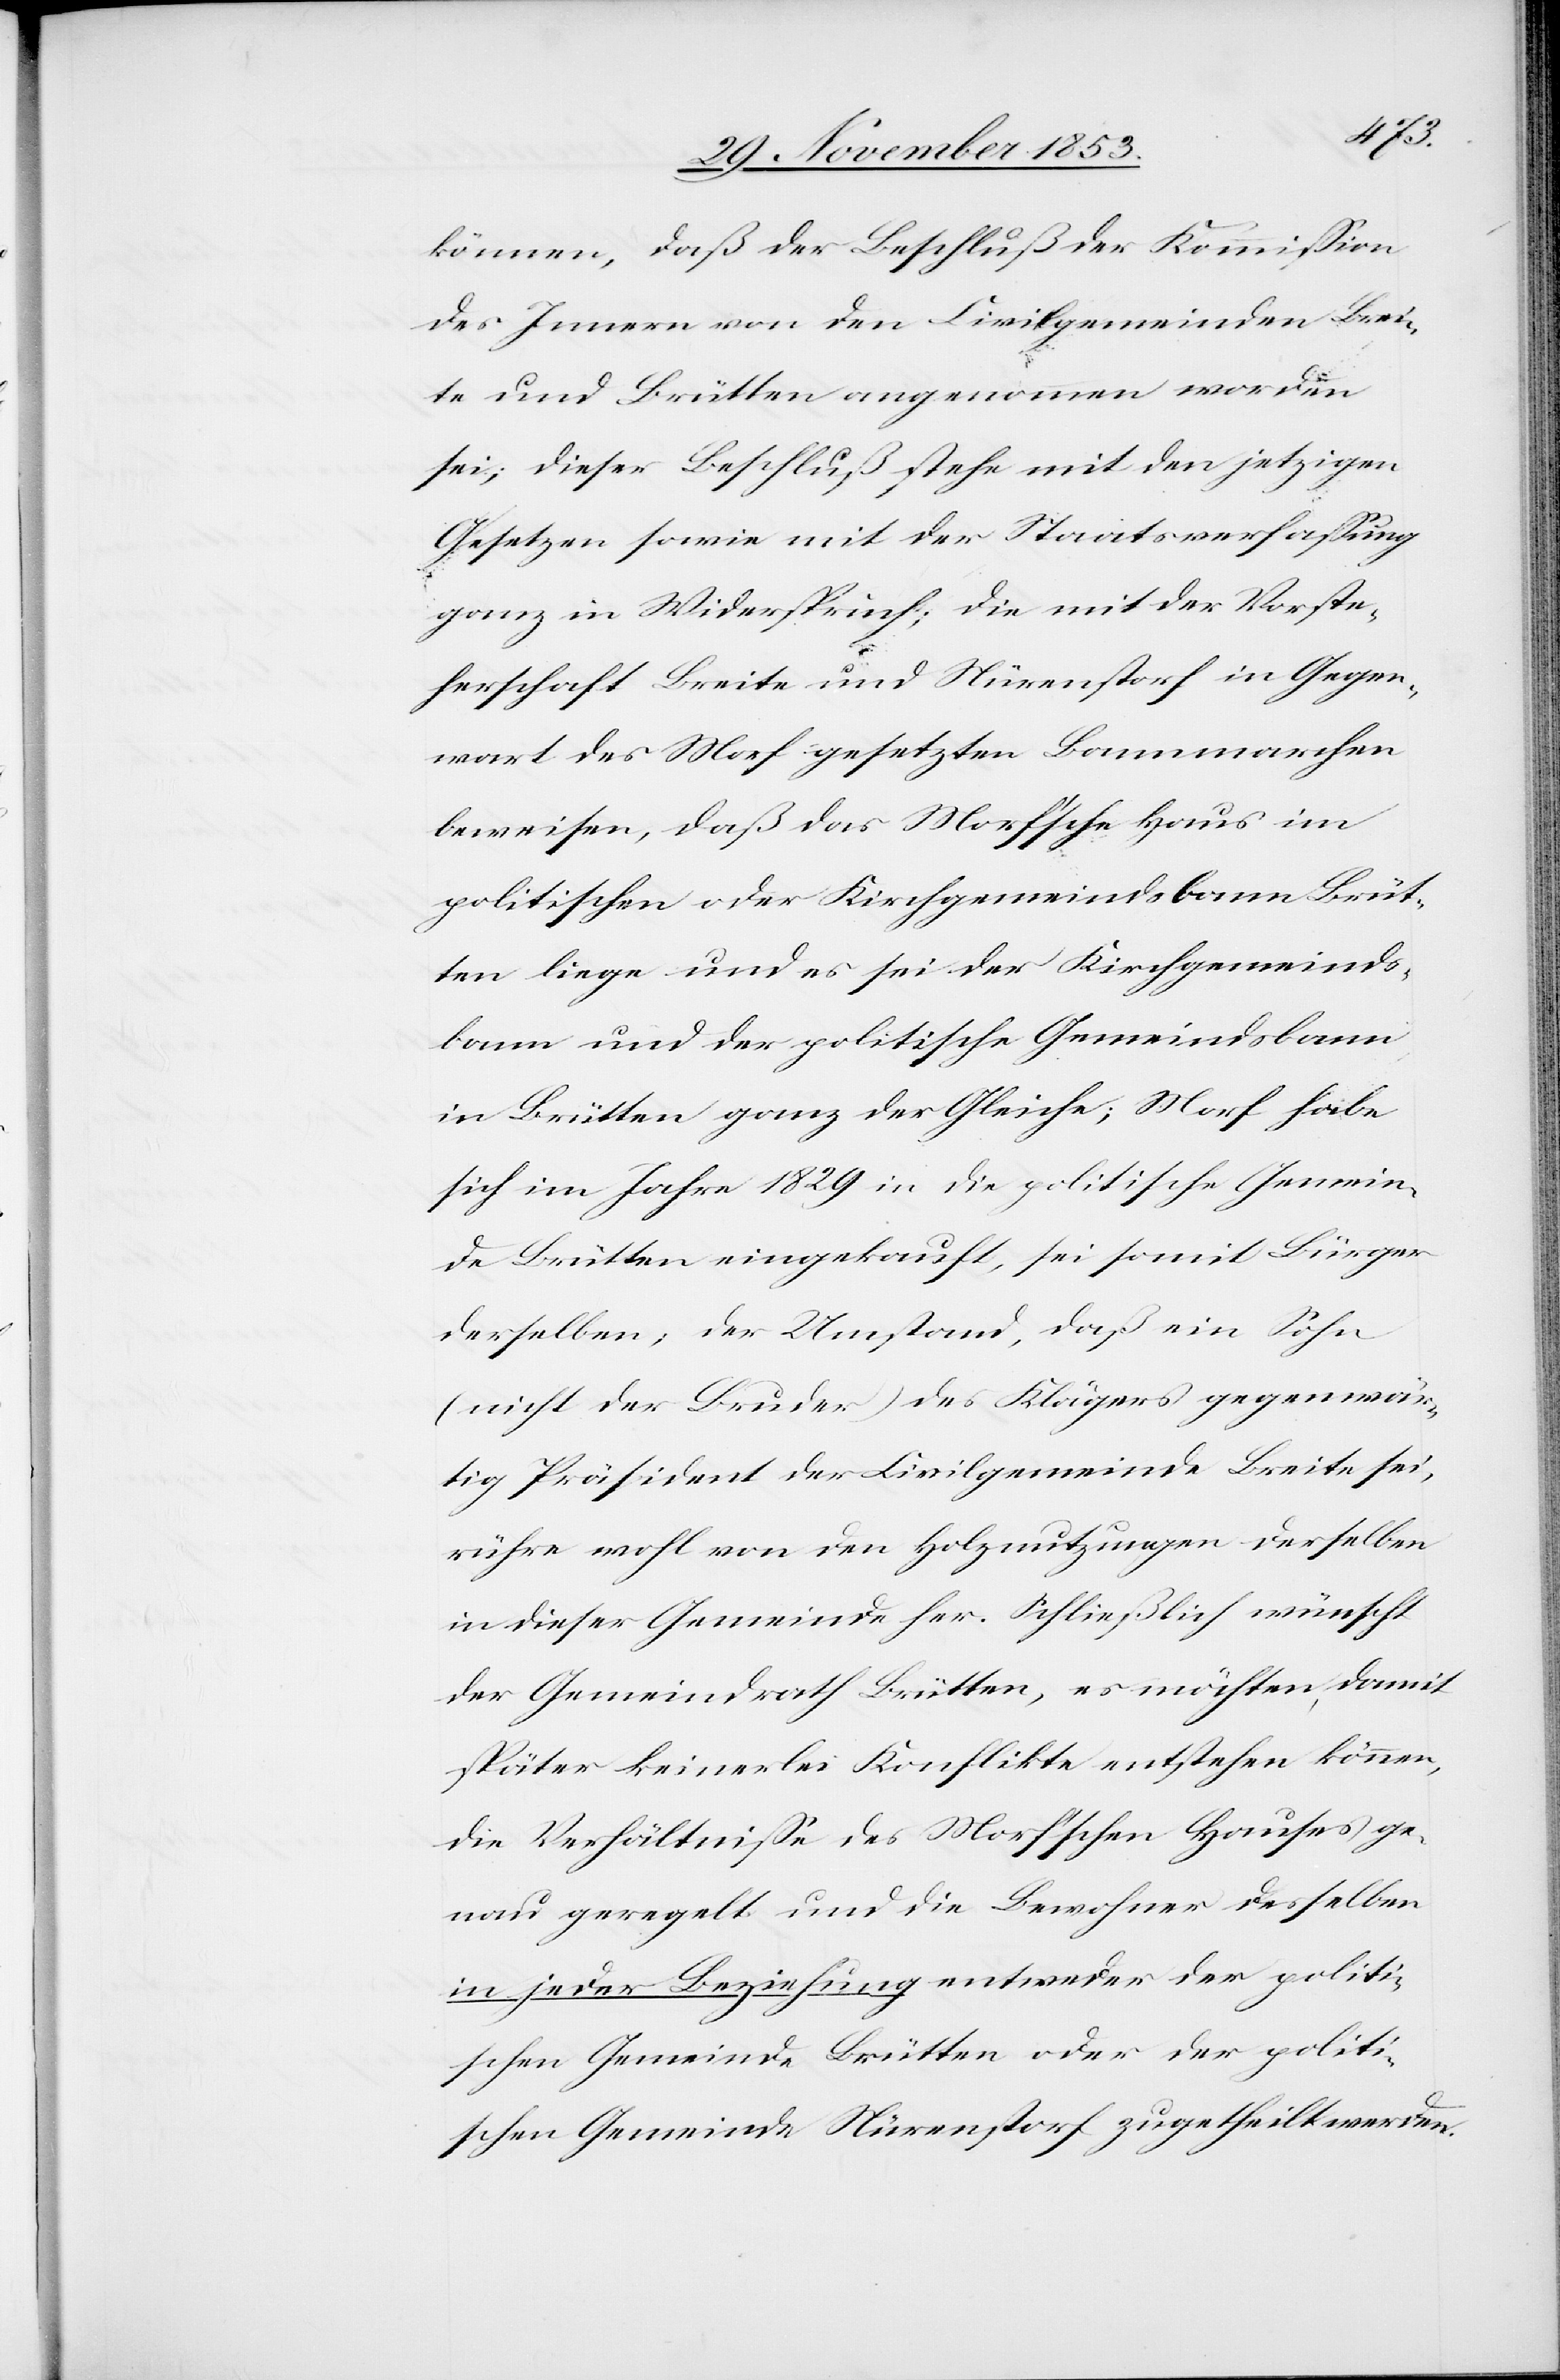
können, daß der Beschluß der Kommißion
des Innern von den Civilgemeinden Brei¬
te und Brütten angenommen worden
sei; dieser Beschluß stehe mit den jetzigen
Gesetzen sowie mit der Staatsverfaßung
ganz in Widerspruch; die mit der Vorste¬
herschaft Breite und Nürenstorf in Gegen¬
wart des Morf gesetzten Bannmarchen
beweisen, daß das Morf’sche Haus im
politischen oder Kirchgemeindsbann Brüt¬
ten liege und es sei der Kirchgemeinds¬
bann und der politische Gemeindsbann
in Brütten ganz der Gleiche; Morf habe
sich im Jahre 1829 in die politische Gemein¬
de Brütten eingekauft, sei somit Bürger
derselben, der Umstand, daß ein Sohn
(nicht der Bruder) des Klägers gegenwär¬
tig Präsident der Civilgemeinde Breite sei,
rühre wohl von den Holznutzungen derselben
in dieser Gemeinde her. Schließlich wünscht
der Gemeindrath Brütten, es möchten damit
später keinerlei Konflikte entstehen können,
die Verhältniße des Morf’schen Hauses ge¬
nau geregelt und die Bewohner desselben
in jeder Beziehung entweder der politi¬
schen Gemeinde Brütten oder der politi¬
schen Gemeinde Nürenstorf zugetheilt werden.